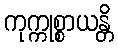
ကုက္ကုစ္စာယန္တိ